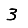
Digit: 3